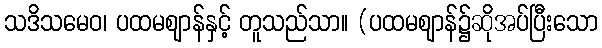
သဒိသမေဝ၊ ပထမဈာန်နှင့် တူသည်သာ။ (ပထမဈာန်၌ဆိုအပ်ပြီးသော